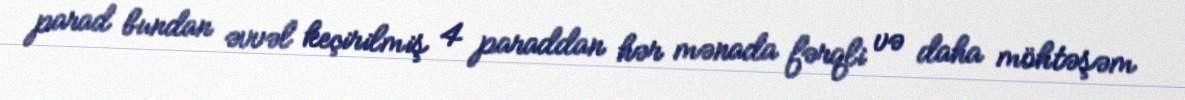
parad bundan əvvəl keçirilmiş 4 paraddan hər mənada fərqli və daha möhtəşəm